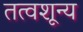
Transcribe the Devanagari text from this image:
तत्वशून्य